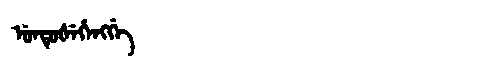
Manchu: ᡠᠨᡨᡠᡧᡝᡥᡝᠩᡤᡝ
Romanization: UNTUŠEHENGGE